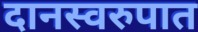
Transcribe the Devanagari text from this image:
दानस्वरुपात